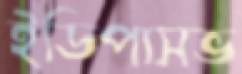
ইডিপাসভ